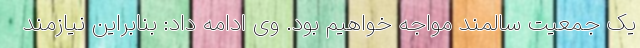
یک جمعیت سالمند مواجه خواهیم بود. وی ادامه داد: بنابراین نیازمند